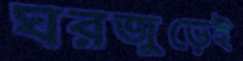
ঘরজুড়েই